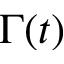
\Gamma ( t )